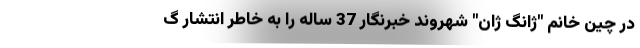
در چین خانم "ژانگ ژان" شهروند خبرنگار 37 ساله را به خاطر انتشار گ